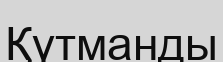
Қүтманды